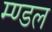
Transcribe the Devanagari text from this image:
म्ण्डल